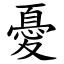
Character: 憂